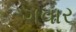
ગવાર